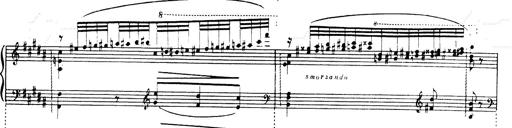
Title: Andante Finale und Marsch aus der Oper KÃ¶nig Alfred
Composer: Franz Liszt